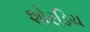
શોરડિચ